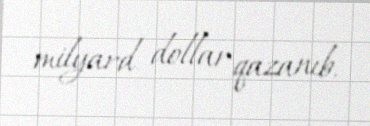
milyard dollar qazanıb.